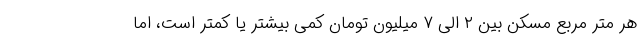
هر متر مربع مسکن بین ۲ الی ۷ میلیون تومان کمی بیشتر یا کمتر است، اما